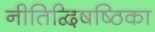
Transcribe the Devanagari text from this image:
नीतिद्विषष्ठिका